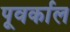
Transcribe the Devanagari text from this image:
पूवर्काल